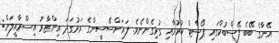
އޭނާގެ ބޭބެ ފޭސްބުކްގައި ޕޯސްޓް ކުރުމާއި ގުޅިގެންނެވެ. ފަރަންސޭސީންގެ ވަރުގަދަ އިންޒާރު އިސްރާއީލަށް: